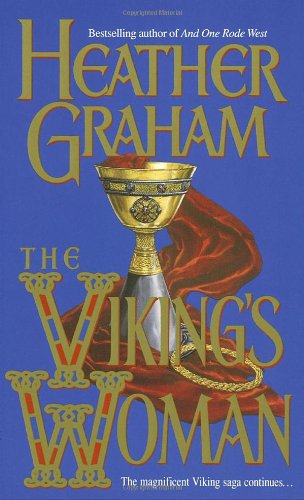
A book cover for The Viking's Woman; Heather Graham; Romance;